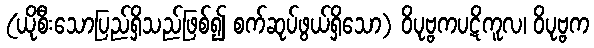
(ယိုစီးသောပြည်ရှိသည်ဖြစ်၍ စက်ဆုပ်ဖွယ်ရှိသော) ဝိပုဗ္ဗကပဋိကူလ၊ ဝိပုဗ္ဗက